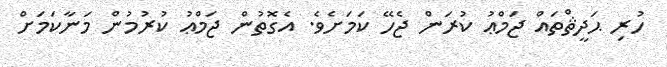
ހުރި ޙަދީޘްތައް ޖަމްޢު ކުރަން ޖެހޭ ކަމަށެވެ. އެގޮތުން ޖަމްޢު ކުރުމުން މަނާކަމަށް